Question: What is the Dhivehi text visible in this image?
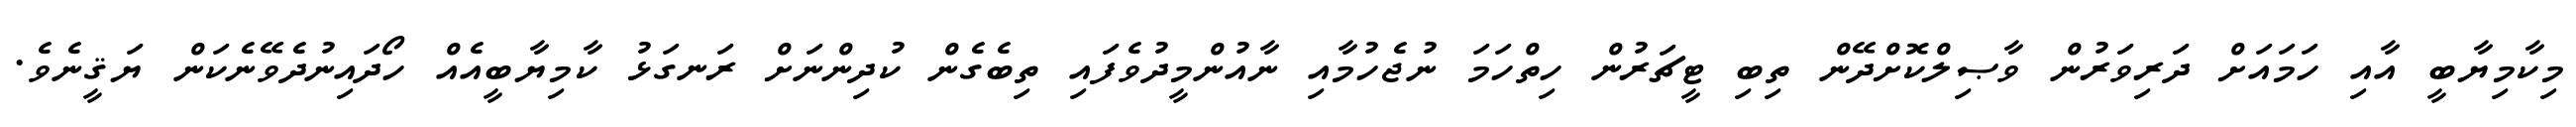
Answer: މިކާމިޔާބީ އާއި ހަމައަށް ދަރިވަރުން ވާޞިލްކޮށްދޭން ތިބި ޓީޗަރުން ހިތްހަމަ ނުޖެހުމާއި ނާއުންމީދުވެފައި ތިބެގެން ކުދިންނަށް ރަނގަޅު ކާމިޔާބީއެއް ހޯދައިނުދެވޭނެކަން ޔަޤީނެވެ.